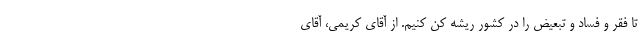
تا فقر و فساد و تبعیض را در کشور ریشه کن کنیم. از آقای کریمی، آقای